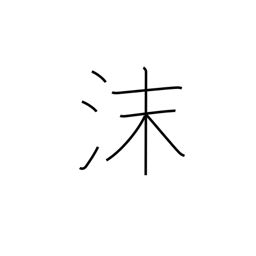
Meaning: suds